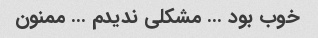
خوب بود … مشکلی ندیدم … ممنون